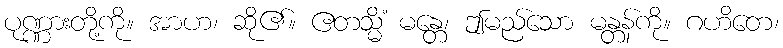
ပုဏ္ဏားတို့ကို။ အာဟ၊ ဆို၏။ ဧတသ္မိံ မန္တေ၊ ဤမည်သော မန္တန်ကို။ ဂဟိတေ၊